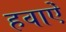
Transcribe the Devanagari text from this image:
हवाऐं